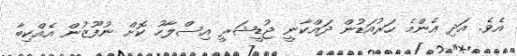
އެވެ. އަދި އެންމެ ހަރުއަޑުން ދައްކާނީ ޖުޑީޝަރީ އިސްލާހު ކޮށް ނުފޫޒުން އެއްކިބާ